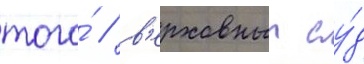
того́ / в'ерховныи су́д